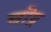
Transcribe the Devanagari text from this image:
चॊद्र